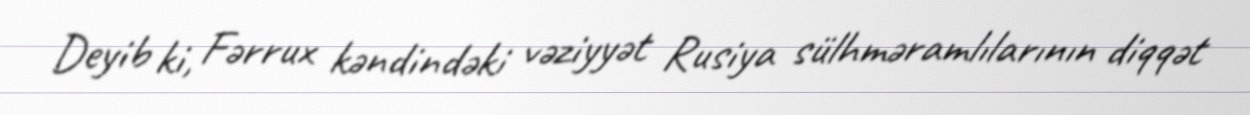
Deyib ki, Fərrux kəndindəki vəziyyət Rusiya sülhməramlılarının diqqət